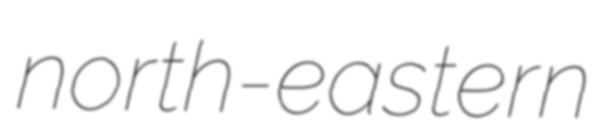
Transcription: north-eastern